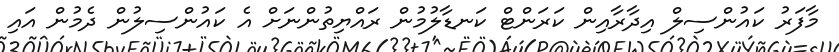
މާފަރު ކައުންސިލް އިދާރާއިން ކަރަންޓް ކަނޑާލުމުން ރައްޔިތުންނަށް އެ ކައުންސިލުން ދެމުން އައި